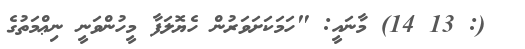
(: 13 14) މާނައީ: "ހަމަކަށަވަރުން ހެޔޮލަފާ މީހުންވަނީ ނިޢްމަތުގެ